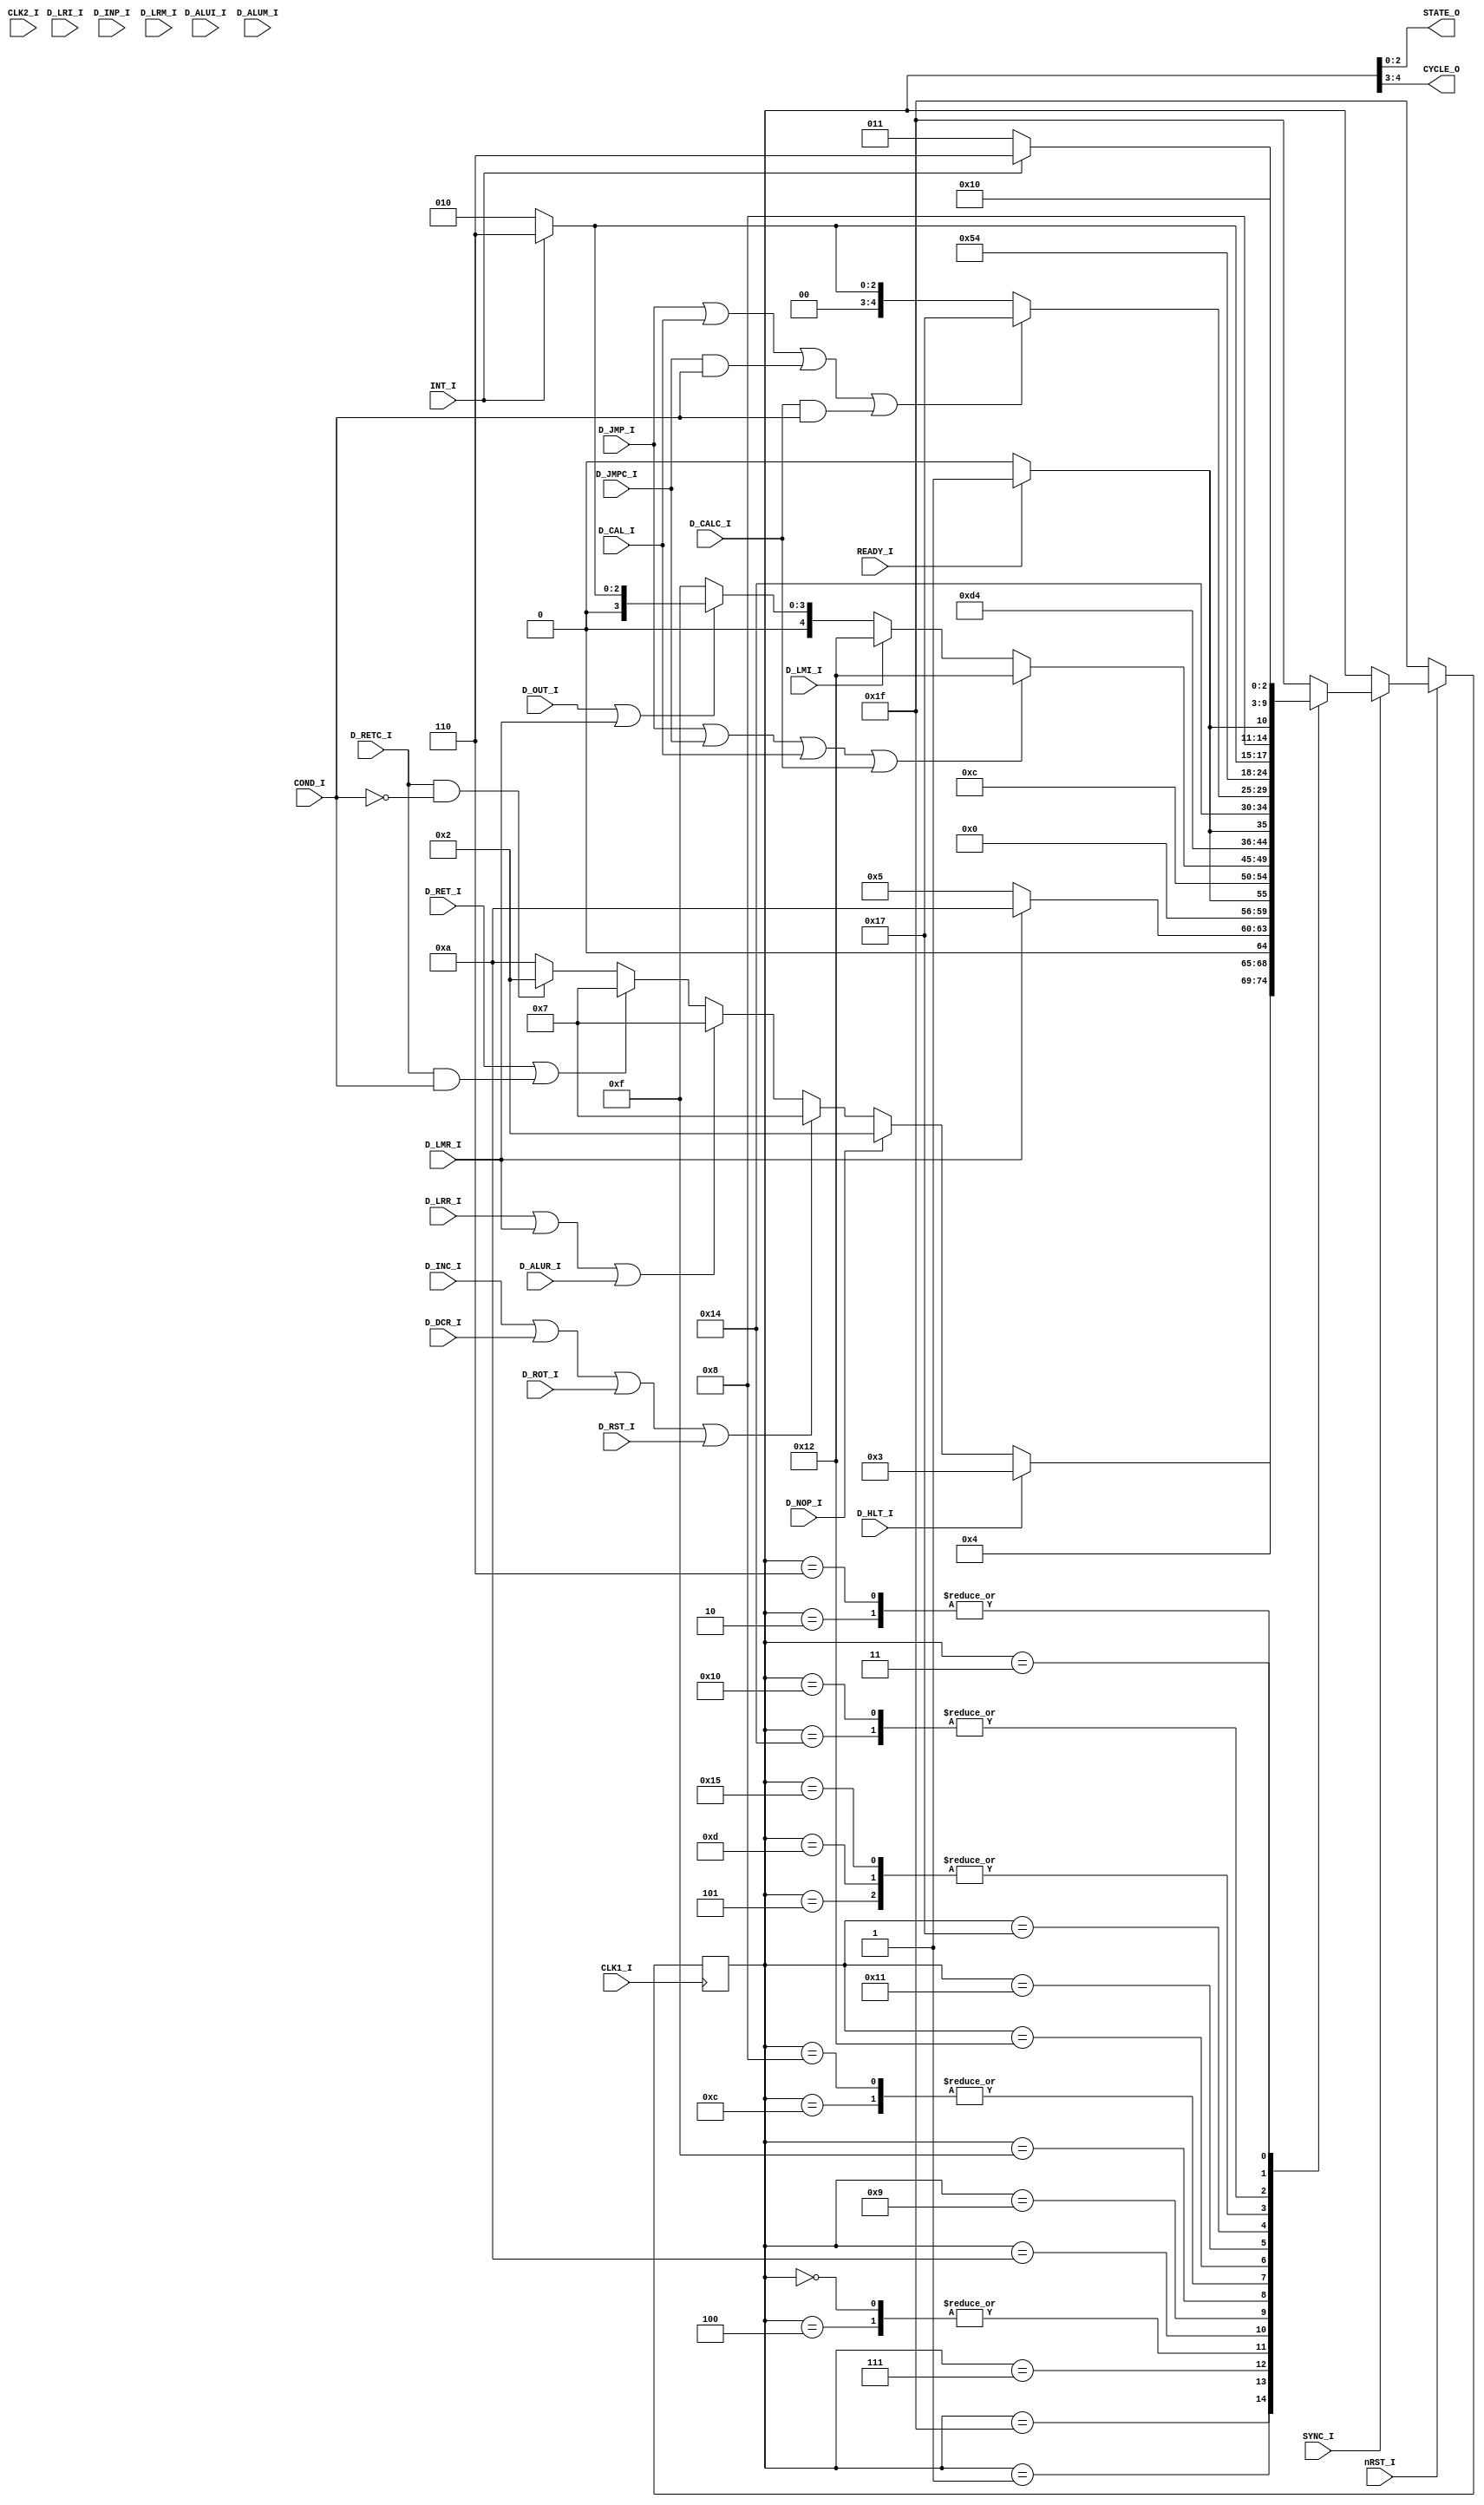
// **********
// COPYRIGHT(c) 2018, LUOYIN
// All rights reserved
// 
// IP LIB INDEX	:
// IP Name		: MCS8
// Module Name	: cpu_state
// Full Name	: 
// 
// Author		: 
// Email		: 
// Data			: 
// Version		: 
//
// Abstract		: 
// Called By	: 
// 
// Modification Histroy
// 2018/04/09 	State Transition Test
//					Passed: LRR
// **********

// **********
// DEFINE MODEL PORT
// **********
//
module cpu_state(
	CLK1_I, CLK2_I, SYNC_I,
	nRST_I,
	READY_I, INT_I,
	COND_I,
	D_NOP_I, D_HLT_I,
	D_INC_I, D_DCR_I, D_ROT_I, D_RETC_I, D_ALUI_I, D_RST_I, D_LRI_I, D_LMI_I, D_RET_I,
	D_JMPC_I, D_CALC_I, D_JMP_I, D_CAL_I, D_INP_I, D_OUT_I,
	D_ALUR_I, D_ALUM_I,
	D_LRR_I, D_LRM_I, D_LMR_I,
	STATE_O, CYCLE_O
);

	// **********
	// DEFINE PARAMETER
	// **********

	// **********
	// DEFINE INPUT
	// **********
	input wire CLK1_I, CLK2_I, SYNC_I;
	input wire nRST_I;
	input wire READY_I, INT_I;
	input wire COND_I;
	input wire D_NOP_I, D_HLT_I;
	input wire D_INC_I, D_DCR_I, D_ROT_I, D_RETC_I, D_ALUI_I, D_RST_I, D_LRI_I, D_LMI_I, D_RET_I;
	input wire D_JMPC_I, D_CALC_I, D_JMP_I, D_CAL_I, D_INP_I, D_OUT_I;
	input wire D_ALUR_I, D_ALUM_I;
	input wire D_LRR_I, D_LRM_I, D_LMR_I;

	// **********
	// DEFINE OUTPUT
	// **********
	output wire [2:0] STATE_O;
	output wire [1:0] CYCLE_O;

	// **********
	// ATRRIBUTE
	// **********
	localparam S_STOP		= 5'b00011;
	localparam S_T1I		= 5'b00110;
	localparam S_C1_T1		= 5'b00010;
	localparam S_C2_T1		= 5'b01010;
	localparam S_C3_T1		= 5'b10010;
	localparam S_C1_T2		= 5'b00100;
	localparam S_C2_T2		= 5'b01100;
	localparam S_C3_T2		= 5'b10100;
	localparam S_C1_T3		= 5'b00001;
	localparam S_C2_T3		= 5'b01001;
	localparam S_C3_T3		= 5'b10001;
	localparam S_C1_T4		= 5'b00111;
	localparam S_C2_T4		= 5'b01111;
	localparam S_C3_T4		= 5'b10111;
	localparam S_C1_T5		= 5'b00101;
	localparam S_C2_T5		= 5'b01101;
	localparam S_C3_T5		= 5'b10101;
	localparam S_C1_WAIT	= 5'b00000;
	localparam S_C2_WAIT	= 5'b01000;
	localparam S_C3_WAIT	= 5'b10000;
	localparam S_INIT		= 5'b11111;
	
	reg [4:0] rState;
	
	// **********
	// INSTANCE MODULE
	// **********
	assign STATE_O = rState[2:0];
	assign CYCLE_O = rState[4:3];

	// **********
	// MAIN CODE
	// **********
	// State Machine
	always @(posedge CLK1_I) begin
		if(~nRST_I)
			rState<=S_INIT;
		else if(SYNC_I) begin
			case(rState)
				S_INIT: 	begin
									rState<=S_C1_T1;
					end
				S_C1_T1:	begin
									rState<=S_C1_T2;
					end
				S_C1_T2: 	begin
					if(READY_I)		rState<=S_C1_T3;
					else			rState<=S_C1_WAIT;
					end
				S_C1_T3: 	begin
					// HLT
					if(D_HLT_I)		
									rState<=S_STOP;
					// NOP
					else if(D_NOP_I)
									rState<=S_C1_T1;
					// INr/DCr/ROT/RST		-> C1_T4
					else if( D_INC_I | D_DCR_I | D_ROT_I | D_RST_I )
									rState<=S_C1_T4;
					// L?r/ALUr				-> C1_T4
					else if( D_LRR_I | D_LMR_I | D_ALUR_I )
									rState<=S_C1_T4;
					// RET (true)
					else if( D_RET_I | (D_RETC_I & COND_I) )
									rState<=S_C1_T4;
					// RET (false)
					else if( D_RETC_I & (~COND_I) )
									rState<=S_C1_T1;
					else
									rState<=S_C2_T1;
					end
				S_C1_T4:	begin
					// LMr
					if( D_LMR_I )
									rState<=S_C2_T1;
					else
									rState<=S_C1_T5;
					end
				S_C1_T5:	begin
									rState<=INT_Test(INT_I);
					end
				S_C1_WAIT: 	begin
					if(READY_I)		rState<=S_C1_T3;
					else 			rState<=S_C1_WAIT;
					end
				S_C2_T1:	begin
									rState<=S_C2_T2;
					end
				S_C2_T2:	begin
									rState<=WAIT_Test(READY_I, S_C2_T3, S_C2_WAIT);
					end
				S_C2_T3:	begin
					// JUMP/CALL			-> C3_T1
					if( D_JMP_I | D_JMPC_I | D_CAL_I | D_CALC_I )
									rState<=S_C3_T1;
					// LMI					-> C3_T1
					else if( D_LMI_I )
									rState<=S_C3_T1;
					// OUT
					else if( D_OUT_I | D_LMR_I )
									rState<=INT_Test(INT_I);
					else
									rState<=S_C2_T4;
					end
				S_C2_T4:	begin
									rState<=S_C2_T5;
					end
				S_C2_T5:	begin
									rState<=INT_Test(INT_I);
					end
				S_C2_WAIT:	begin
									rState<=WAIT_Test(READY_I, S_C2_T3, S_C2_WAIT);
					end
				S_C3_T1:	begin
									rState<=S_C3_T2;
					end
				S_C3_T2:	begin
									rState<=WAIT_Test(READY_I, S_C3_T3, S_C3_WAIT);
					end
				S_C3_T3:	begin
					// JUMP/CALL (true)
					if( D_JMP_I | D_CAL_I | ( D_JMPC_I & COND_I) | ( D_CALC_I & COND_I) )
									rState<=S_C3_T4;
					else
									rState<=INT_Test(INT_I);
					end
				S_C3_T4:	begin
									rState<=S_C3_T5;
					end
				S_C3_T5:	begin
									rState<=INT_Test(INT_I);
					end
				S_C3_WAIT:	begin
									rState<=WAIT_Test(READY_I, S_C3_T3, S_C3_WAIT);
					end
				S_T1I:		begin
									rState<=S_C1_T2;
					end
				S_STOP: 	begin
					if(INT_I)		rState<=S_T1I;
					else			rState<=S_STOP;
					end
				default: rState<=S_INIT;
			endcase
		end
	end
	
	function [4:0] INT_Test;
		input INT;
		begin
			if(INT)					INT_Test=S_T1I;
			else					INT_Test=S_C1_T1;
		end
	endfunction
	
	function [4:0] WAIT_Test;
		input READY;
		input [4:0] StateNext, StateWait;
		if(READY)					WAIT_Test=StateNext;
		else						WAIT_Test=StateWait;
	endfunction
	
endmodule